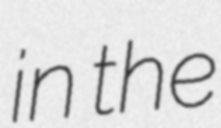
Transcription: in the